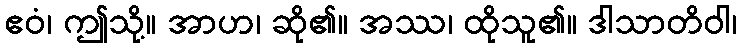
ဧဝံ၊ ဤသို့။ အာဟ၊ ဆို၏။ အဿ၊ ထိုသူ၏။ ဒါသာတိဝါ၊